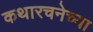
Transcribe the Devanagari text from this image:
कथारचनेच्या